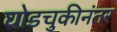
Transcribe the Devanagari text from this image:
घोडचुकीनंतर